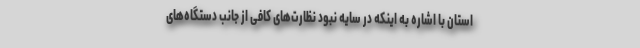
استان با اشاره به اینکه در سایه نبود نظارت‌های کافی از جانب دستگاه‌های